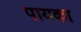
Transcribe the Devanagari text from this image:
पायका